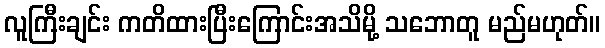
လူကြီးချင်း ကတိထားပြီးကြောင်းအသိမို့ သဘောတူ မည်မဟုတ်။